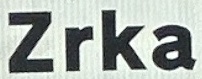
Zrka